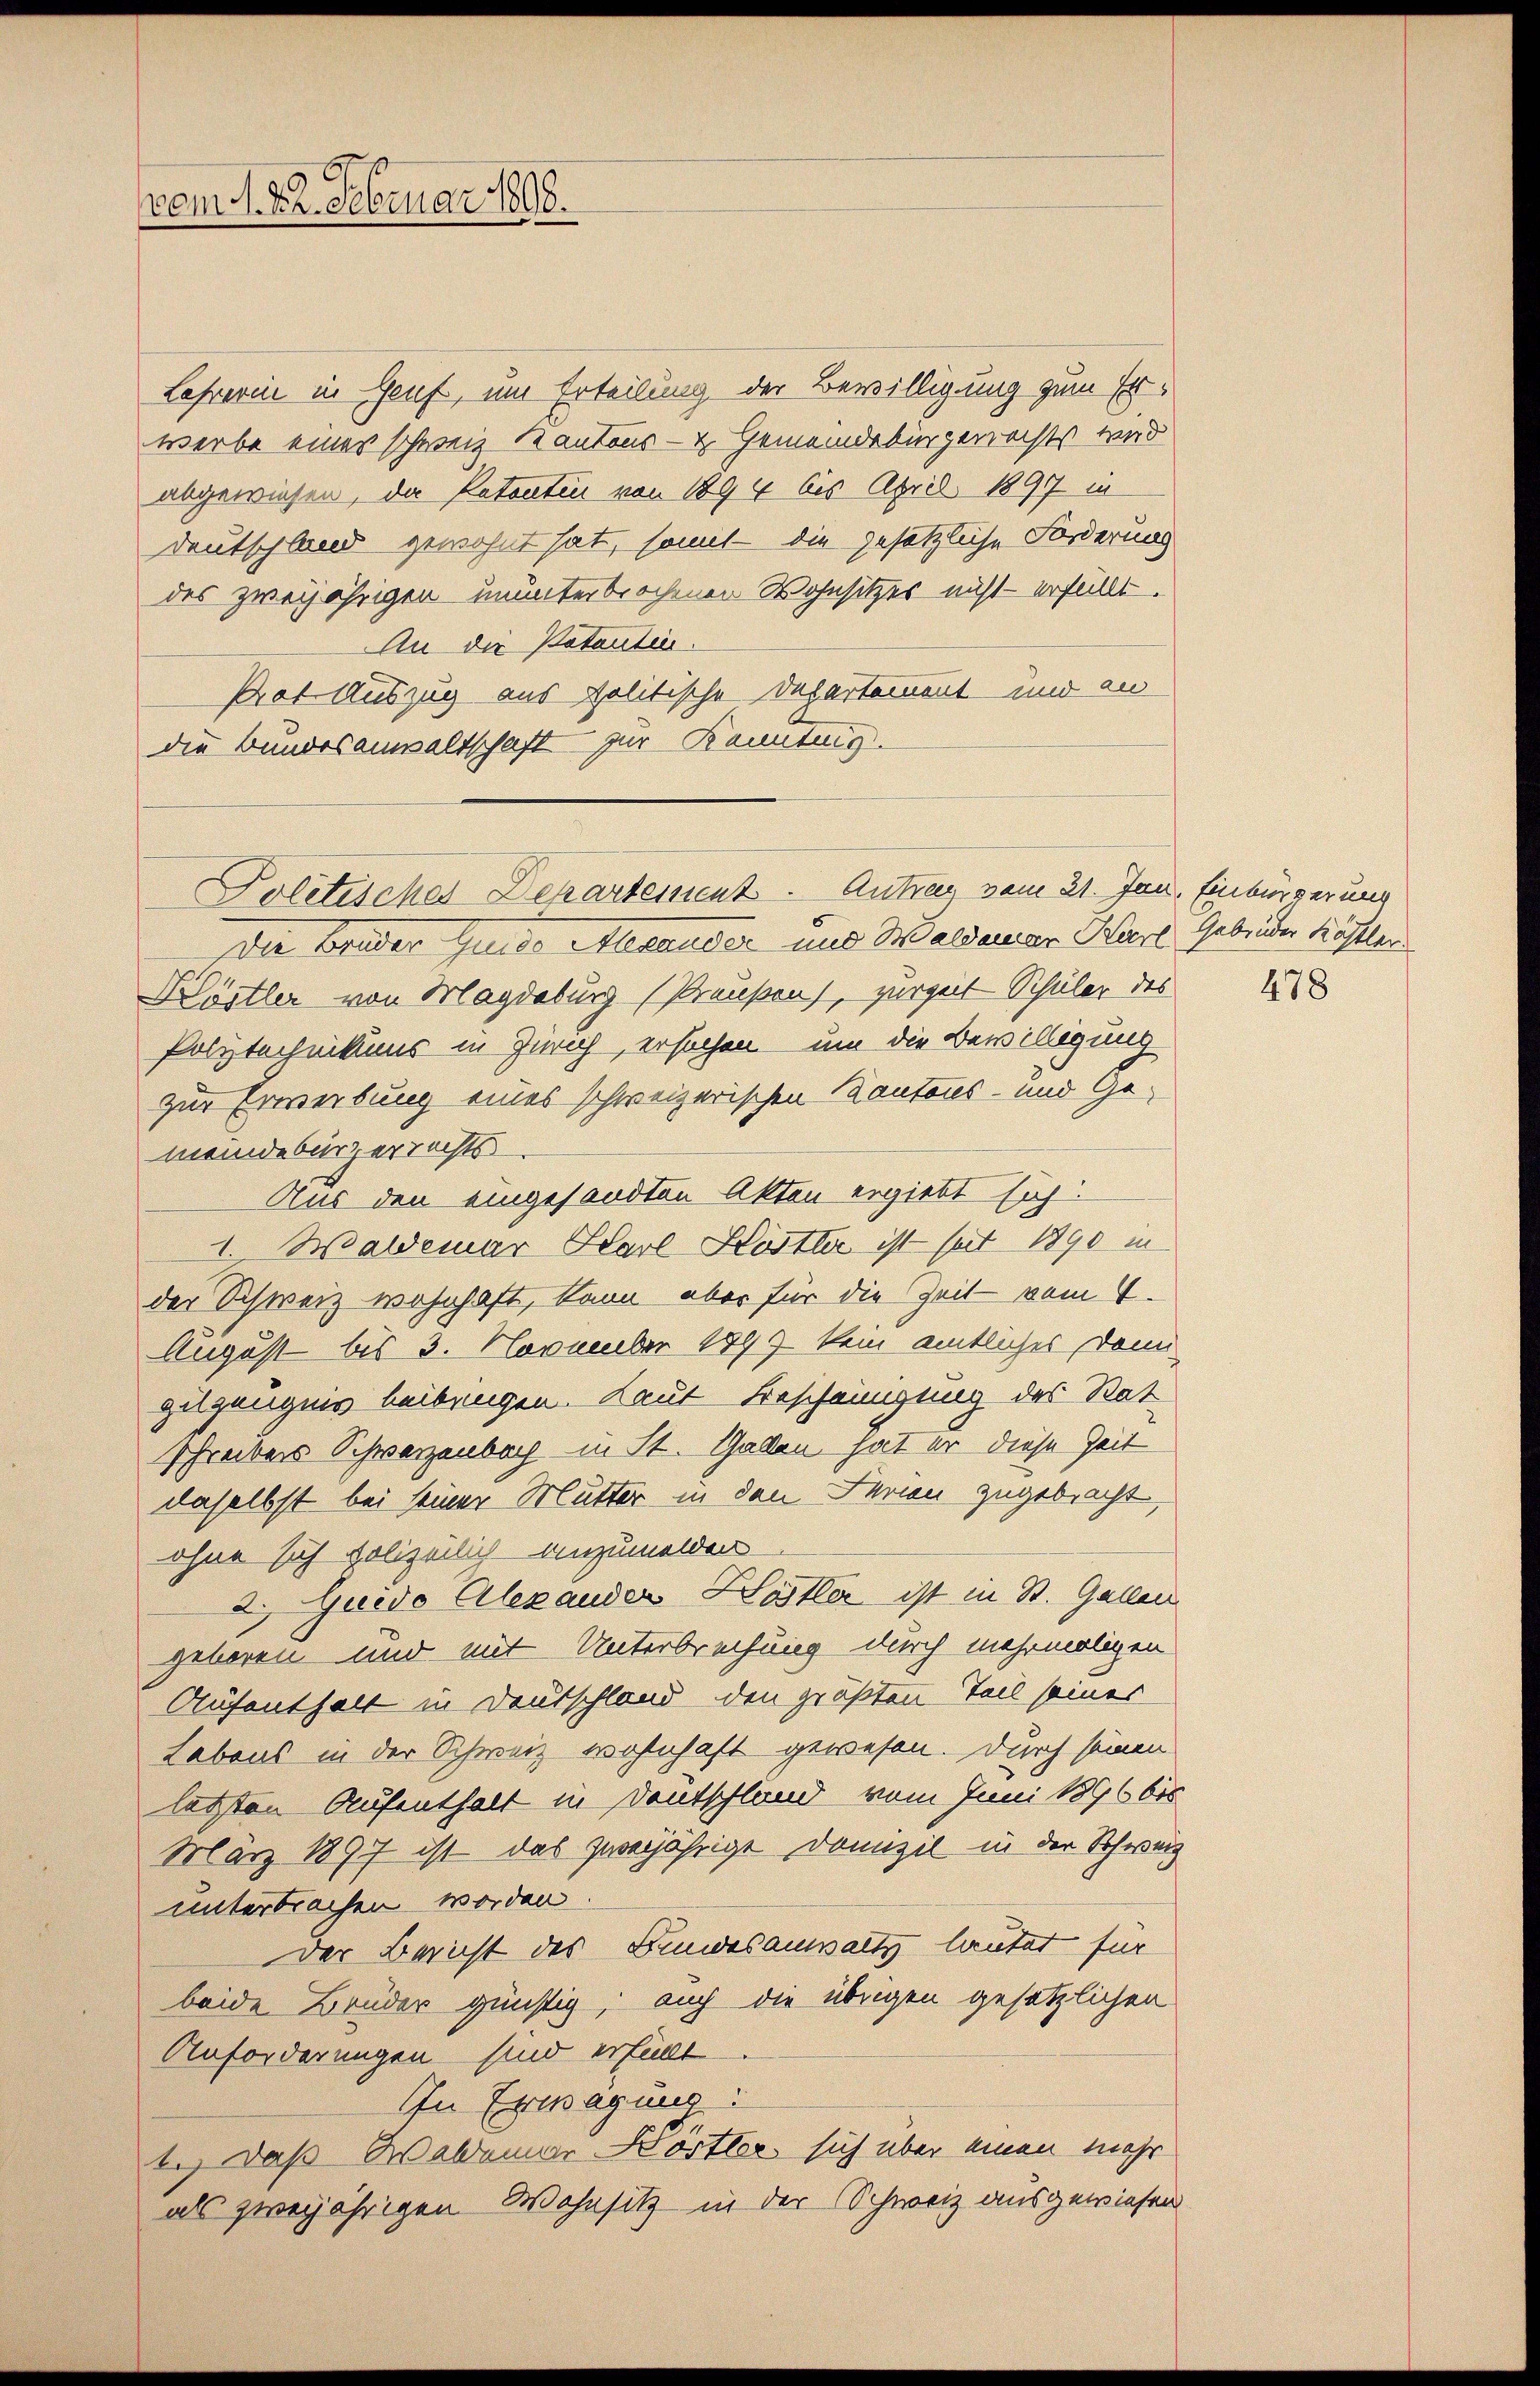
vom 1. 22. Februar 1898.

Lehrerin in Genf, um Erteilung der Bewilligung zum Erwerbe eines schweiz. Kantons- & Gemeindebürgerrechts wird
abgewiesen, da Patentin von 1894 bis April 1897 in
Deutschland gewohnt hat, somit die gesetzliche Forderung
des zweijährigen ununterbrochenen Wohnsitzes nicht erfüllt.
An die Votanten.
Prat Auszug aus politische Departement und an
die Bundesanwaltschaft zur Kanting.
Der Bruder Guido Alexander und Waldenar Karl Gebrüder köstler
Köstler von Magdeburg (Preußen), zurzeit Schüler des
Polytechnikums in Zürich erhochen um die Bewilligung
zur Erwerbung eines schweizerischen Kantons- und Gemeindebürgerrechts
Aus den eingesandten Akten ergiebt sich:
1. Waldemar Scarl Köstler ist seit 1890 in
der Schweiz wohnhaft, kann aber für die Zeit vom 4.
August bis 3. November 1899 kein amtliches Dani
zuszeügnis beibungen. Laut Bescheinigung des Rat
Schreibers Schwarzenbach in St. Gallen hat er diese Zeit
daselbst bei seiner Mutter in den Ferien zugebracht,
ohne sich polizeilich anzumelden
2. Guido Alexander Hastler ist in St. Gallen
geboren und mit Unterbrechung durch mehrmaligen
Aufenthalt in Deutschland den größten Teil seines
Labens in der Schweiz wohnhaft gewesen. Durch seinen
letzten Aufenthalt in Deutschland vom Juni 1896 bis
März 1897 ist das zweijährige Domizil in der Schweiz
unterbrachen worden.
Der Bericht des Bundesauswalts lautet für
beide Bruder günstig, auch die übrigen gesetzlichen
Anforderungen sind erfüllt
In Erwägung:
t.) Daß Waldener Wortler sich über einen mehr
als zweijährigen Wohnsitz in der Schweiz ausgewiesen

Politisches Departement. Antrag vom 21. Jan. Einbürgerung

478